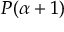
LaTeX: P ( \alpha + 1 )